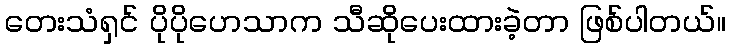
တေးသံရှင် ပိုပိုဟေသာက သီဆိုပေးထားခဲ့တာ ဖြစ်ပါတယ်။